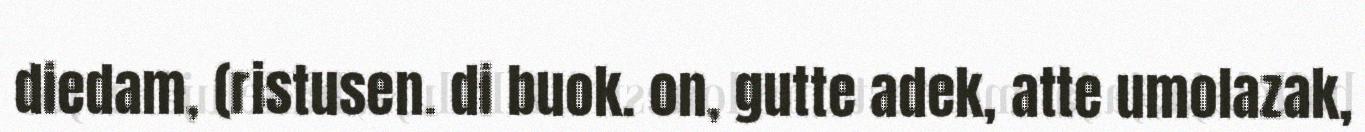
diedam, (ristusen. di buok. on, gutte adek, atte umolazak,